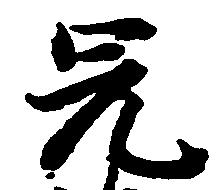
兄